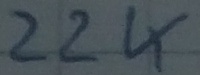
Text: 22K